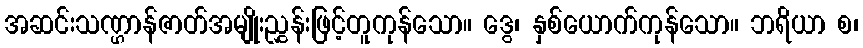
အဆင်းသဏ္ဌာန်ဇာတ်အမျိုးညွှန်းဖြင့်တူကုန်သော။ ဒွေ၊ နှစ်ယောက်ကုန်သော။ ဘရိယာ စ၊